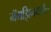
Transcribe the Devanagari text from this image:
मॅगझिनमधील